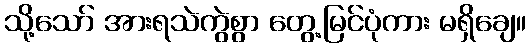
သို့သော် အားရသဲကွဲစွာ တွေ့မြင်ပုံကား မရှိချေ။